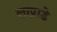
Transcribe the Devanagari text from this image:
लाप्राडे